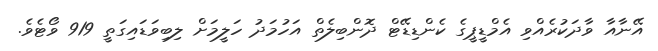
އޭނާއާ ވާދަކުރެއްވި އެމްޑީޕީގެ ކެންޑިޑޭޓް ދޮންބިލެތް އަހުމަދު ހަލީމަށް ލިބިވަޑައިގަތީ 919 ވޯޓެވެ.